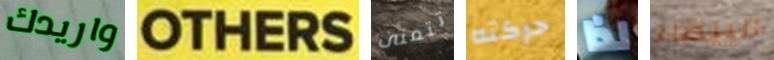
واريدك OTHERS تتمنى حركته لذا البيضاء